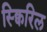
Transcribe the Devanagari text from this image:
स्क्विरिल